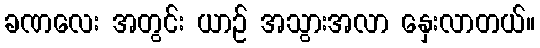
ခဏလေး အတွင်း ယာဉ် အသွားအလာ နှေးလာတယ်။